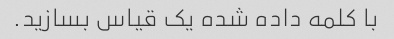
با کلمه داده شده یک قیاس بسازید.